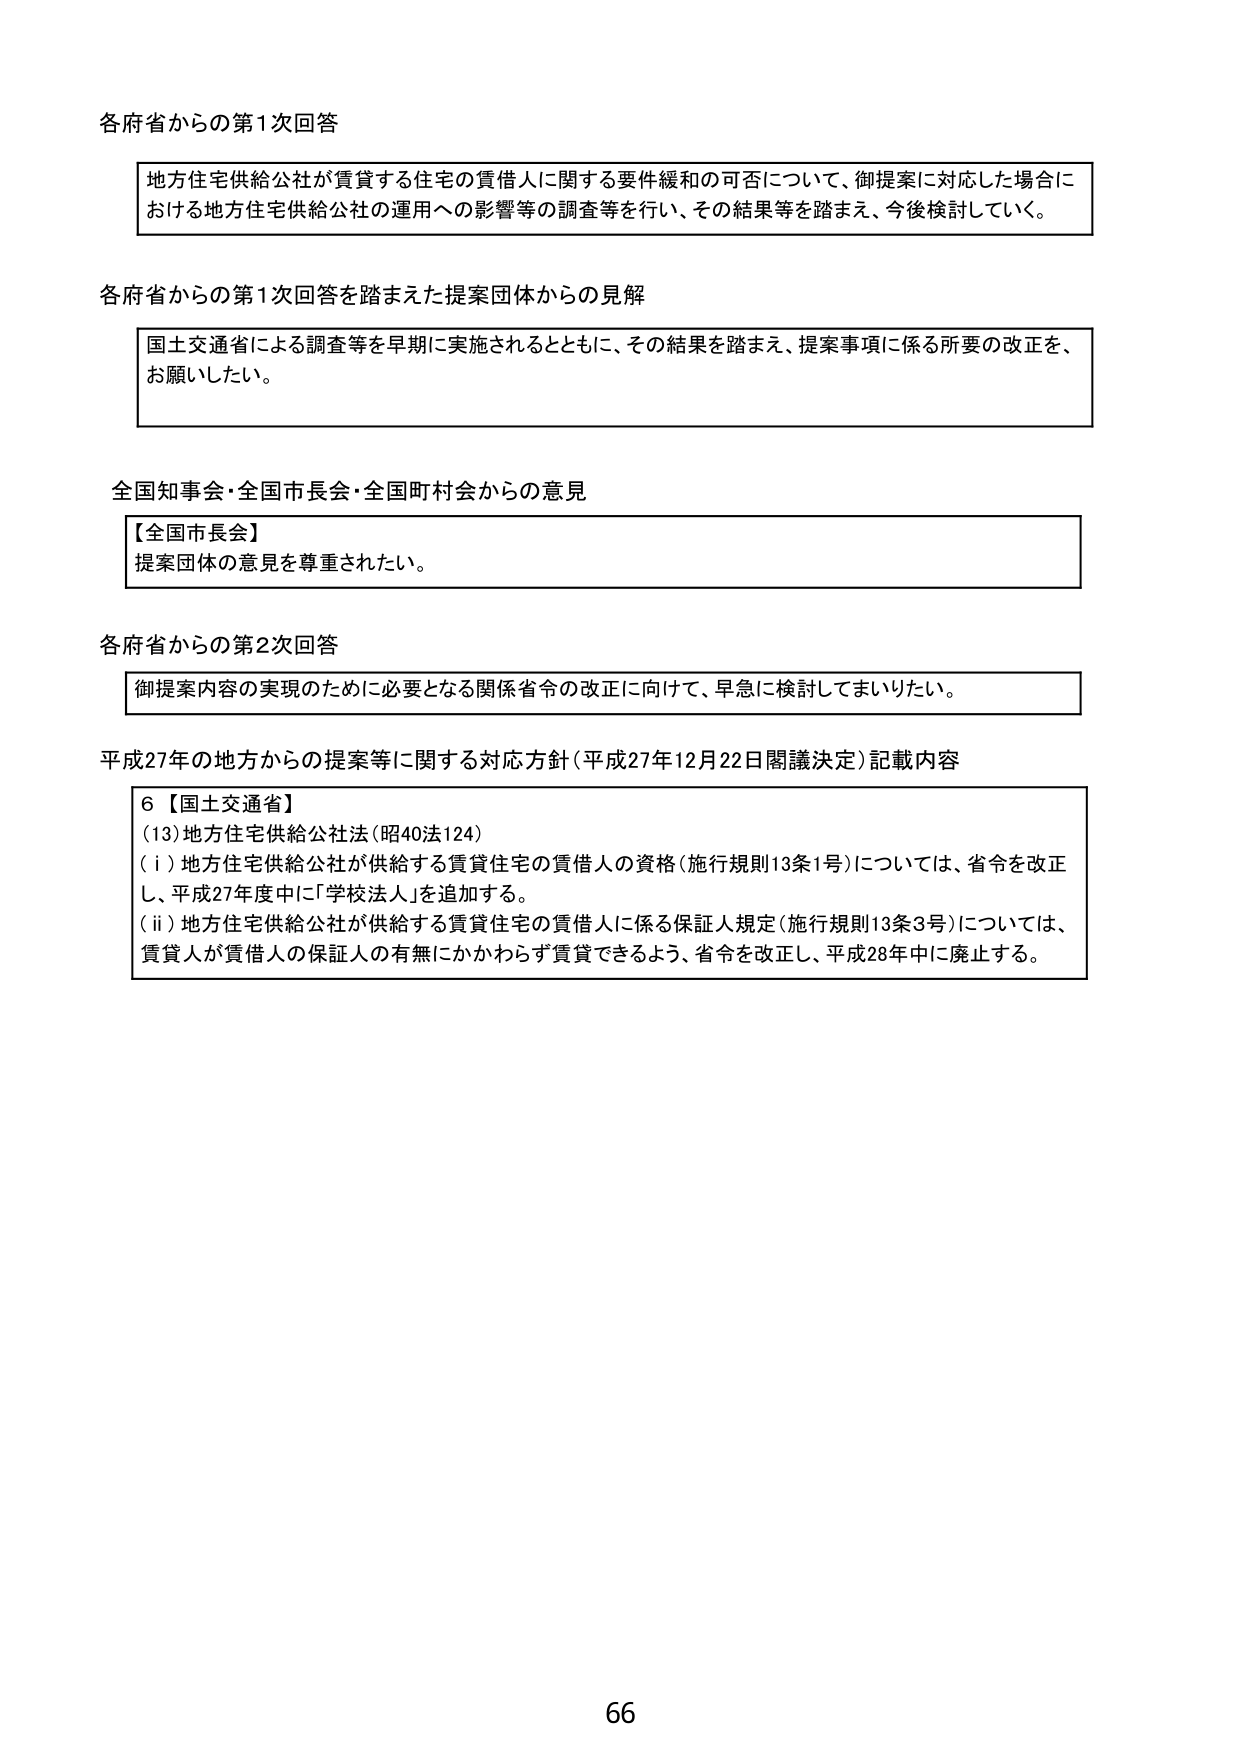
各府省からの第1次回答

地方住宅供給公社が賃貸する住宅の賃借人に関する要件緩和の可否について、御提案に対応した場合における地方住宅供給公社の運用への影響等の調査等を行い、その結果等を踏まえ、今後検討していく。

各府省からの第1次回答を踏まえた提案団体からの見解

国土交通省による調査等を早期に実施されるとともに、その結果を踏まえ、提案事項に係る所要の改正をお願いしたい。

全国知事会・全国市長会・全国町村会からの意見

【全国市長会】
提案団体の意見を尊重されたい。

各府省からの第2次回答

御提案内容の実現のために必要となる関係省令の改正に向けて、早急に検討してまいりたい。

平成27年の地方からの提案等に関する対応方針（平成27年12月22日閣議決定）記載内容

6【国土交通省】
(13)地方住宅供給公社法（昭40法124）
(i)地方住宅供給公社が供給する賃貸住宅の賃借人の資格（施行規則13条1号）については、省令を改正し、平成27年度中に「学校法人」を追加する。
(ii)地方住宅供給公社が供給する賃貸住宅の賃借人に係る保証人規定（施行規則13条3号）については、賃貸人が賃借人の保証人の有無にかかわらず賃貸できるよう、省令を改正し、平成28年中に廃止する。

66